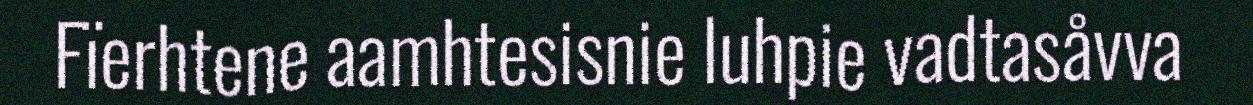
Fïerhtene aamhtesisnie luhpie vadtasåvva